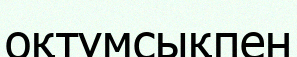
оқтұмсықпен